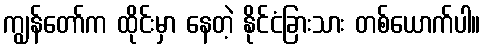
ကျွန်တော်က ထိုင်းမှာ နေတဲ့ နိုင်ငံခြားသား တစ်ယောက်ပါ။